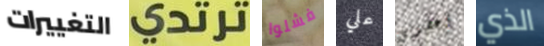
التغييرات ترتدي فشلوا علي أعطوني الذي